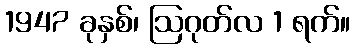
1947 ခုနှစ်၊ ဩဂုတ်လ 1 ရက်။